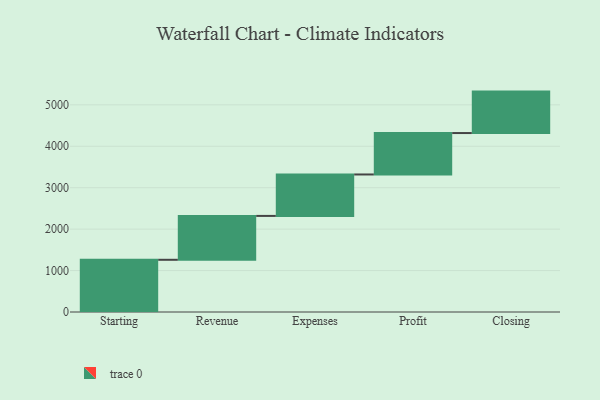
{"axis": {"x": "Step", "y": "Value"}, "legend": [""], "data": [{"x": "Starting", "y": 1260.0, "type": ""}, {"x": "Revenue", "y": 1059.0, "type": ""}, {"x": "Expenses", "y": 1000, "type": ""}, {"x": "Profit", "y": 1000, "type": ""}, {"x": "Closing", "y": 1000, "type": ""}]}